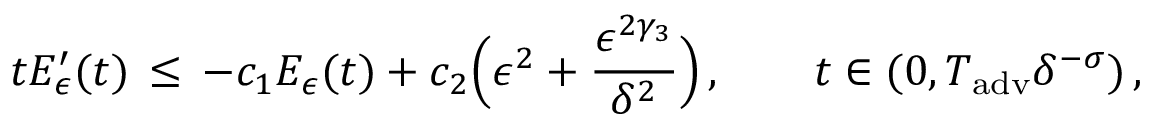
t E _ { \epsilon } ^ { \prime } ( t ) \, \le \, - c _ { 1 } E _ { \epsilon } ( t ) + c _ { 2 } \Bigl ( \epsilon ^ { 2 } + \frac { \epsilon ^ { 2 \gamma _ { 3 } } } { \delta ^ { 2 } } \Bigr ) \, , \qquad t \in ( 0 , T _ { \mathrm { a d v } } \delta ^ { - \sigma } ) \, ,